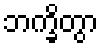
ဘက္ခိတွာ